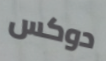
دوكس